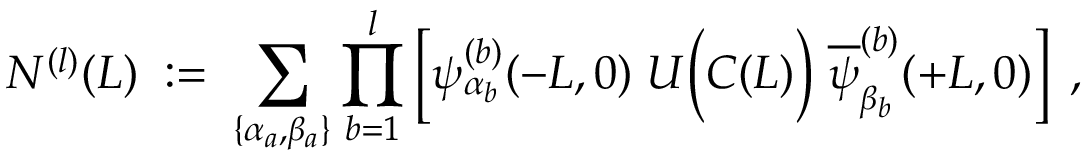
N ^ { ( l ) } ( L ) \; : = \; \sum _ { \{ \alpha _ { a } , \beta _ { a } \} } \prod _ { b = 1 } ^ { l } \left[ \psi _ { \alpha _ { b } } ^ { ( b ) } ( - L , 0 ) \; U \Big ( { \cal C } ( L ) \Big ) \; \overline { { { \psi } } } _ { \beta _ { b } } ^ { ( b ) } ( + L , 0 ) \right] \; ,